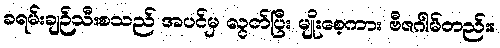
ခရမ်းချဉ်သီးစသည် အပင်မှ လွတ်ပြီး မျိုးစေ့ကား ဗီဇဂါမ်တည်း။